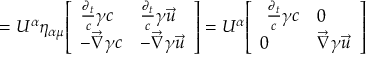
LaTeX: = U ^ { \alpha } \eta _ { \alpha \mu } { \left[ \begin{array} { l l } { { \frac { \partial _ { t } } { c } } \gamma c } & { { \frac { \partial _ { t } } { c } } \gamma { \vec { u } } } \\ { - { \vec { \nabla } } \gamma c } & { - { \vec { \nabla } } \gamma { \vec { u } } } \end{array} \right] } = U ^ { \alpha } { \left[ \begin{array} { l l } { \ { \frac { \partial _ { t } } { c } } \gamma c } & { 0 } \\ { 0 } & { { \vec { \nabla } } \gamma { \vec { u } } } \end{array} \right] }